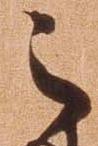
之